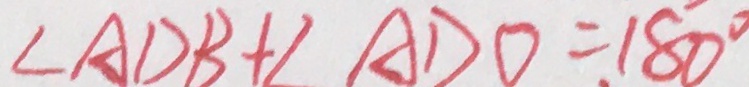
\angle A D B + \angle A D O = 1 8 0 ^ { \circ }